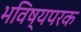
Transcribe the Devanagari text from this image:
भविष्यपरक